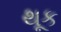
થૂક